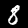
Label: 8